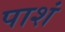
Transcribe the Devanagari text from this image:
पाशं